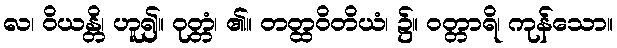
လ၊ ဝိယန္တိ၊ ဟူ၍။ ဝုတ္တံ၊ ၏။ တတ္ထဝိတိယံ၊ ၌။ ဝတ္တာရိ၊ ကုန်သော။